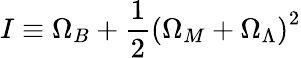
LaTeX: I\equiv\Omega_{B}+\frac{1}{2}\left(\Omega_{M}+\Omega_{\Lambda}\right)^{2}